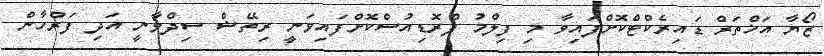
ޒޯޔާ އަޚްތަރް ޑައިރެކްޓްކޮށްފައިވާ މި ފިލްމު ޕްރޮޑިއުސްކޮށްފައިވަނީ ރިތޭޝް ސިދްވާނީ އަދި ފަރްހާން